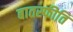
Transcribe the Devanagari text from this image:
बातस्फीति